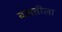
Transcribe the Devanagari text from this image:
वसतीला